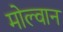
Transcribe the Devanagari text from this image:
मोल्वान